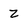
Character: Z